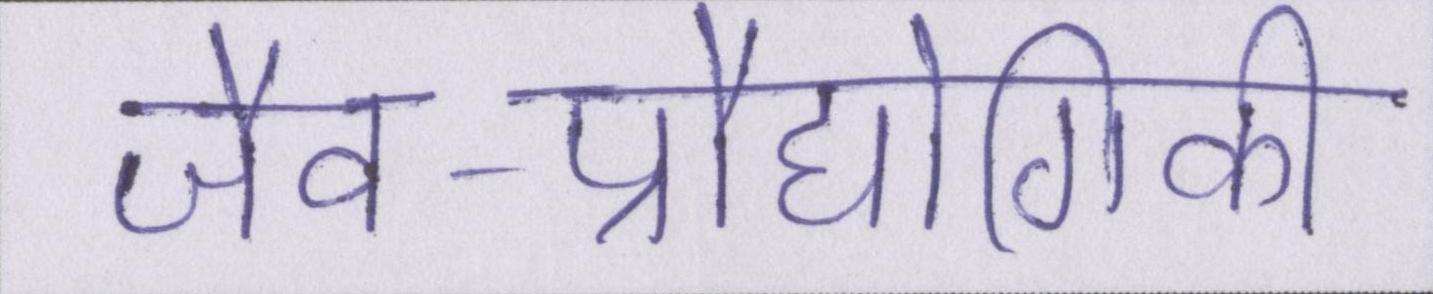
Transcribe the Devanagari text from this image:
जैव-प्रौद्योगिकी